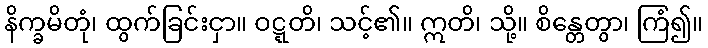
နိက္ခမိတုံ၊ ထွက်ခြင်းငှာ။ ဝဋ္ဋတိ၊ သင့်၏။ ဣတိ၊ သို့။ စိန္တေတွာ၊ ကြံ၍။